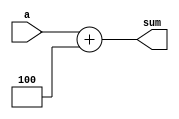
`timescale 1ns / 1ps
//////////////////////////////////////////////////////////////////////////////////
// Company: 
// 
// Design Name: Hamza Ali
// Module Name: full_adder_with_constant
// Project Name: 
// Target Devices: 
// Tool Versions: 
// Description: 
// 
// Dependencies: 
// 
// Revision:
// Revision 0.01 - File Created
// Additional Comments:
// 
//////////////////////////////////////////////////////////////////////////////////
module full_adder_32bit#(parameter n=32)(
    input [n-1:0] a, 
    output [n-1:0] sum
);
  assign sum = a + 4;
endmodule